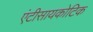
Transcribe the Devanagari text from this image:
एंटीसायकोटिक